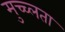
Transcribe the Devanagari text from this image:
मुच्च्लता